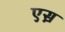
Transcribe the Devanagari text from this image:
एस़